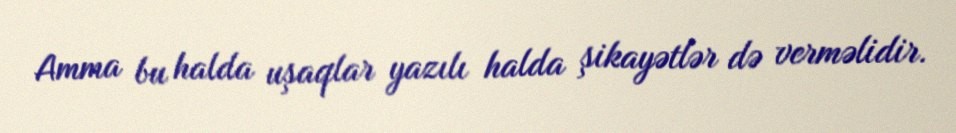
Amma bu halda uşaqlar yazılı halda şikayətlər də verməlidir.